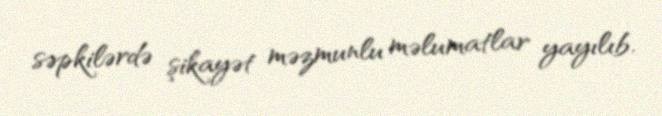
səpkilərdə şikayət məzmunlu məlumatlar yayılıb.